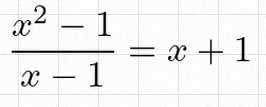
\frac{x^2-1}{x-1}=x+1